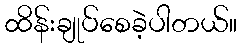
ထိန်းချုပ်စေခဲ့ပါတယ်။